Indian journal of veterinary science and animal husbandry - Volume 10,
Year: 1940
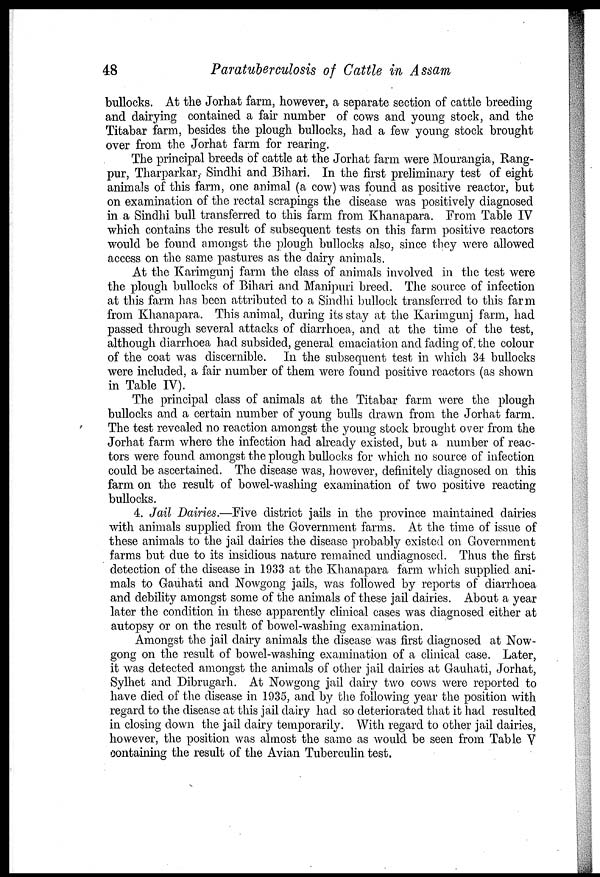
48
Paratuberculosis of Cattle in Assam
bullocks. At the Jorhat farm, however, a separate section of cattle breeding
and dairying contained a fair number of cows and young stock, and the
Titabar farm, besides the plough bullocks, had a few young stock brought
over from the Jorhat farm for rearing.
The principal breeds of cattle at the Jorhat farm were Mourangia, Rang¬
pur, Tharparkar, Sindhi and Bihari. In the first preliminary test of eight
animals of this farm, one animal (a cow) was found as positive reactor, but
on examination of the rectal scrapings the disease was positively diagnosed
in a Sindhi bull transferred to this farm from Khanapara. From Table IV
which contains the result of subsequent tests on this farm positive reactors
would be found amongst the plough bullocks also, since they were allowed
access on the same pastures as the dairy animals.
At the Karimgunj farm the class of animals involved in the test were
the plough bullocks of Bihari and Manipuri breed. The source of infection
at this farm has been attributed to a Sindhi bullock transferred to this farm
from Khanapara. This animal, during its stay at the Karimgunj farm, had
passed through several attacks of diarrhoea, and at the time of the test,
although diarrhoea had subsided, general emaciation and fading of the colour
of the coat was discernible. In the subsequent test in which 34 bullocks
were included, a fair number of them were found positive reactors (as shown
in Table IV).
The principal class of animals at the Titabar farm were the plough
bullocks and a certain number of young bulls drawn from the Jorhat farm.
The test revealed no reaction amongst the young stock brought over from the
Jorhat farm where the infection had already existed, but a number of reac-
tors were found amongst the plough bullocks for which no source of infection
could be ascertained. The disease was, however, definitely diagnosed on this
farm on the result of bowel-washing examination of two positive reacting
bullocks.
4. Jail Dairies.—Five district jails in the province maintained dairies
with animals supplied from the Government farms. At the time of issue of
these animals to the jail dairies the disease probably existed on Government
farms but due to its insidious nature remained undiagnosed. Thus the first
detection of the disease in 1933 at the Khanapara farm which supplied ani-
mals to Gauhati and Nowgong jails, was followed by reports of diarrhoea
and debility amongst some of the animals of these jail dairies. About a year
later the condition in these apparently clinical cases was diagnosed either at
autopsy or on the result of bowel-washing examination.
Amongst the jail dairy animals the disease was first diagnosed at Now-
gong on the result of bowel-washing examination of a clinical case. Later,
it was detected amongst the animals of other jail dairies at Gauhati, Jorhat,
Sylhet and Dibrugarh. At Nowgong jail dairy two cows were reported to
have died of the disease in 1935, and by the following year the position with
regard to the disease at this jail dairy had so deteriorated that it had resulted
in closing down the jail dairy temporarily. With regard to other jail dairies,
however, the position was almost the same as would be seen from Table V
containing the result of the Avian Tuberculin test.